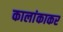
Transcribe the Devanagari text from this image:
कालांकाकर